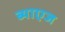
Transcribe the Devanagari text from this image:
ब्याएज